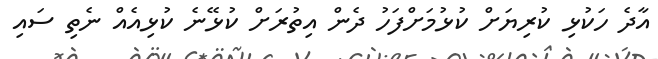
އާދެ ހަކުޅި ކުރިޔަށް ކުޅުމަށްފަހު ދެން އިތުރަށް ކުޅޭނެ ކުޅިއެއް ނެތި ސައި